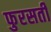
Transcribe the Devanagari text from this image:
फुरसती